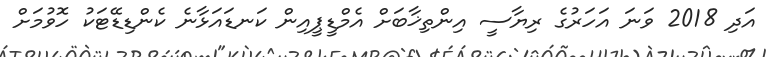
އަދި 2018 ވަނަ އަހަރުގެ ރިޔާސީ އިންތިޚާބަށް އެމްޑީޕީއިން ކަނޑައަޅާނެ ކެންޑިޑޭޓަކު ހޮވުމަށް